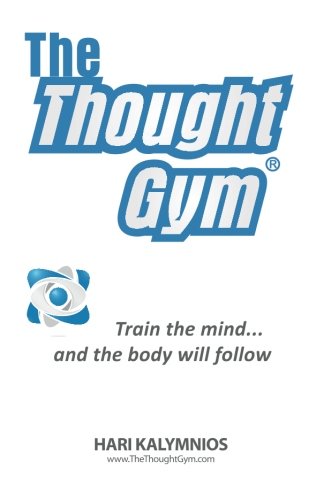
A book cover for The Thought Gym: Train the mind...and the body will follow!; Hari Kalymnios; Health, Fitness & Dieting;